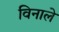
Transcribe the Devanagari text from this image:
विनाले